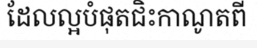
ដែលល្អបំផុតជិះកាណូតពី